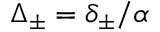
\Delta _ { \pm } = \delta _ { \pm } / \alpha